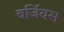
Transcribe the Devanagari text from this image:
बर्जियस